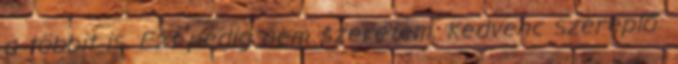
a többit is. Ezt pedig nem szeretem. Kedvenc szereplő: